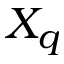
X _ { q }